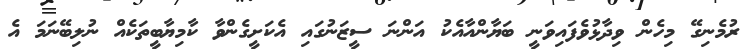
ރުމެނިގޭ މިހެން ވިދާޅުވެފައިވަނީ ބަޔާންއާއެކު އަންނަ ސީޒަނުގައި އެކަށީގެންވާ ކާމިޔާބީތަކެއް ނުލިބޭނަމަ އެ